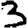
Digit: 3